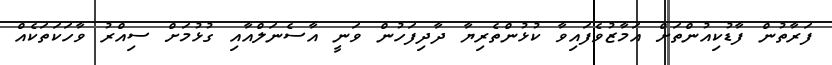
ފަރާތުން ފާޑުކިއުންތަށް އަމާޒުވެފައިވާ ކުޅުންތެރިޔާ ދާދިފަހުން ވަނީ އާސެނަލްއާއި ގުޅުމަށް ސިއްރު ވާހަކަތަކެއް